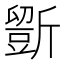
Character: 𣃃